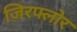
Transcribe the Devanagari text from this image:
जिरफ्लोर